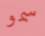
سمو